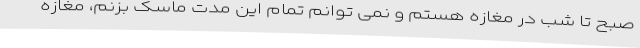
صبح تا شب در مغازه هستم و نمی توانم تمام این مدت ماسک بزنم، مغازه